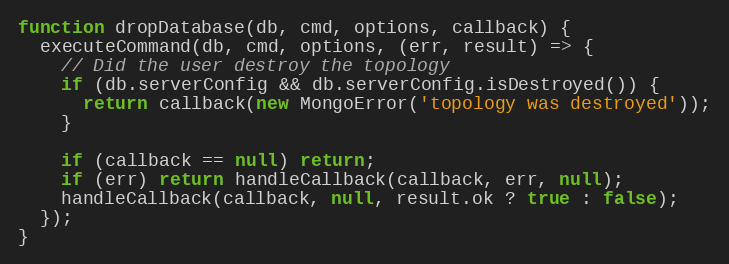
Language: JavaScript
function dropDatabase(db, cmd, options, callback) {
  executeCommand(db, cmd, options, (err, result) => {
    // Did the user destroy the topology
    if (db.serverConfig && db.serverConfig.isDestroyed()) {
      return callback(new MongoError('topology was destroyed'));
    }

    if (callback == null) return;
    if (err) return handleCallback(callback, err, null);
    handleCallback(callback, null, result.ok ? true : false);
  });
}